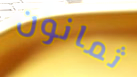
ثمانون